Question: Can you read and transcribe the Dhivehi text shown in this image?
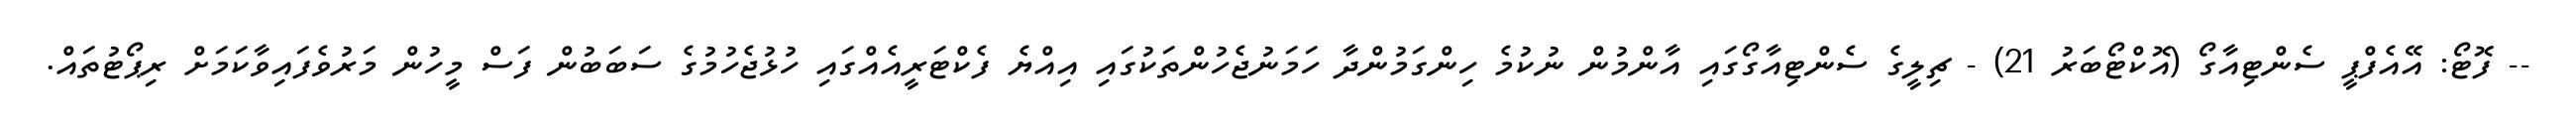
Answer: -- ފޮޓޯ: އޭއެފްޕީ ސެންޓިއާގޯ (އޮކްޓޯބަރު 21) - ޗިލީގެ ސެންޓިއާގޯގައި އާންމުން ނުކުމެ ހިންގަމުންދާ ހަމަނުޖެހުންތަކުގައި އިއްޔެ ފެކްޓަރީއެއްގައި ހުޅުޖެހުމުގެ ސަބަބުން ފަސް މީހުން މަރުވެފައިވާކަމަށް ރިޕޯޓުތައް.